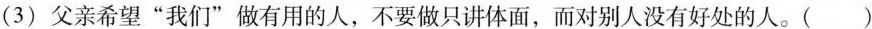
（3）父亲希望“我们”做有用的人，不要做只讲体面，而对别人没有好处的人。 （）